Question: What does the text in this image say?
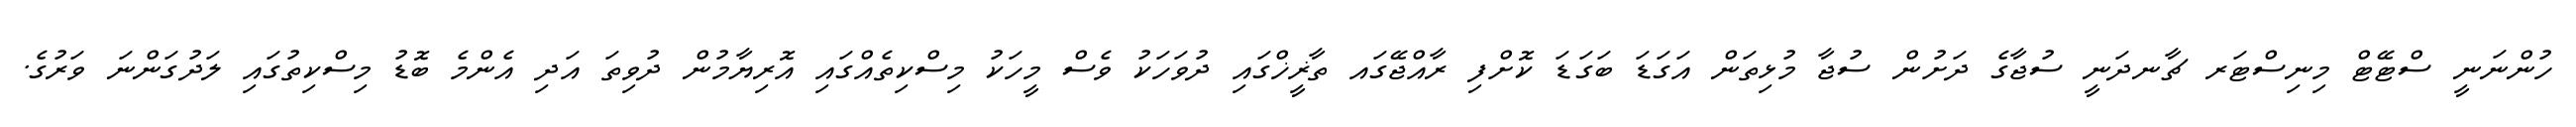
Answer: ހުންނަނީ ސްޓޭޓް މިނިސްޓަރ ޗާނދަނީ ސުޖާގެ ދަށުން ސުޖާ މުޅިތަން އަގަޑަ ބަގަޑަ ކޮށްފި ރާއްޖޭގައ ތާޜީޚްގައި ދުވަހަކު ވެސް މީހަކު މިސްކިތެއްގައި އޮރިޔާމުން ދުވިތަ އަދި އެންމެ ބޮޑު މިސްކިތުގައި ލަދުގަންނަ ވަރުގެ.